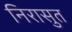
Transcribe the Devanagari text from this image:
निरासुत